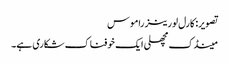
تصویر: کارل لورینز راموس
مینڈک مچھلی ایک خوفناک شکاری ہے۔